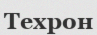
Техрон